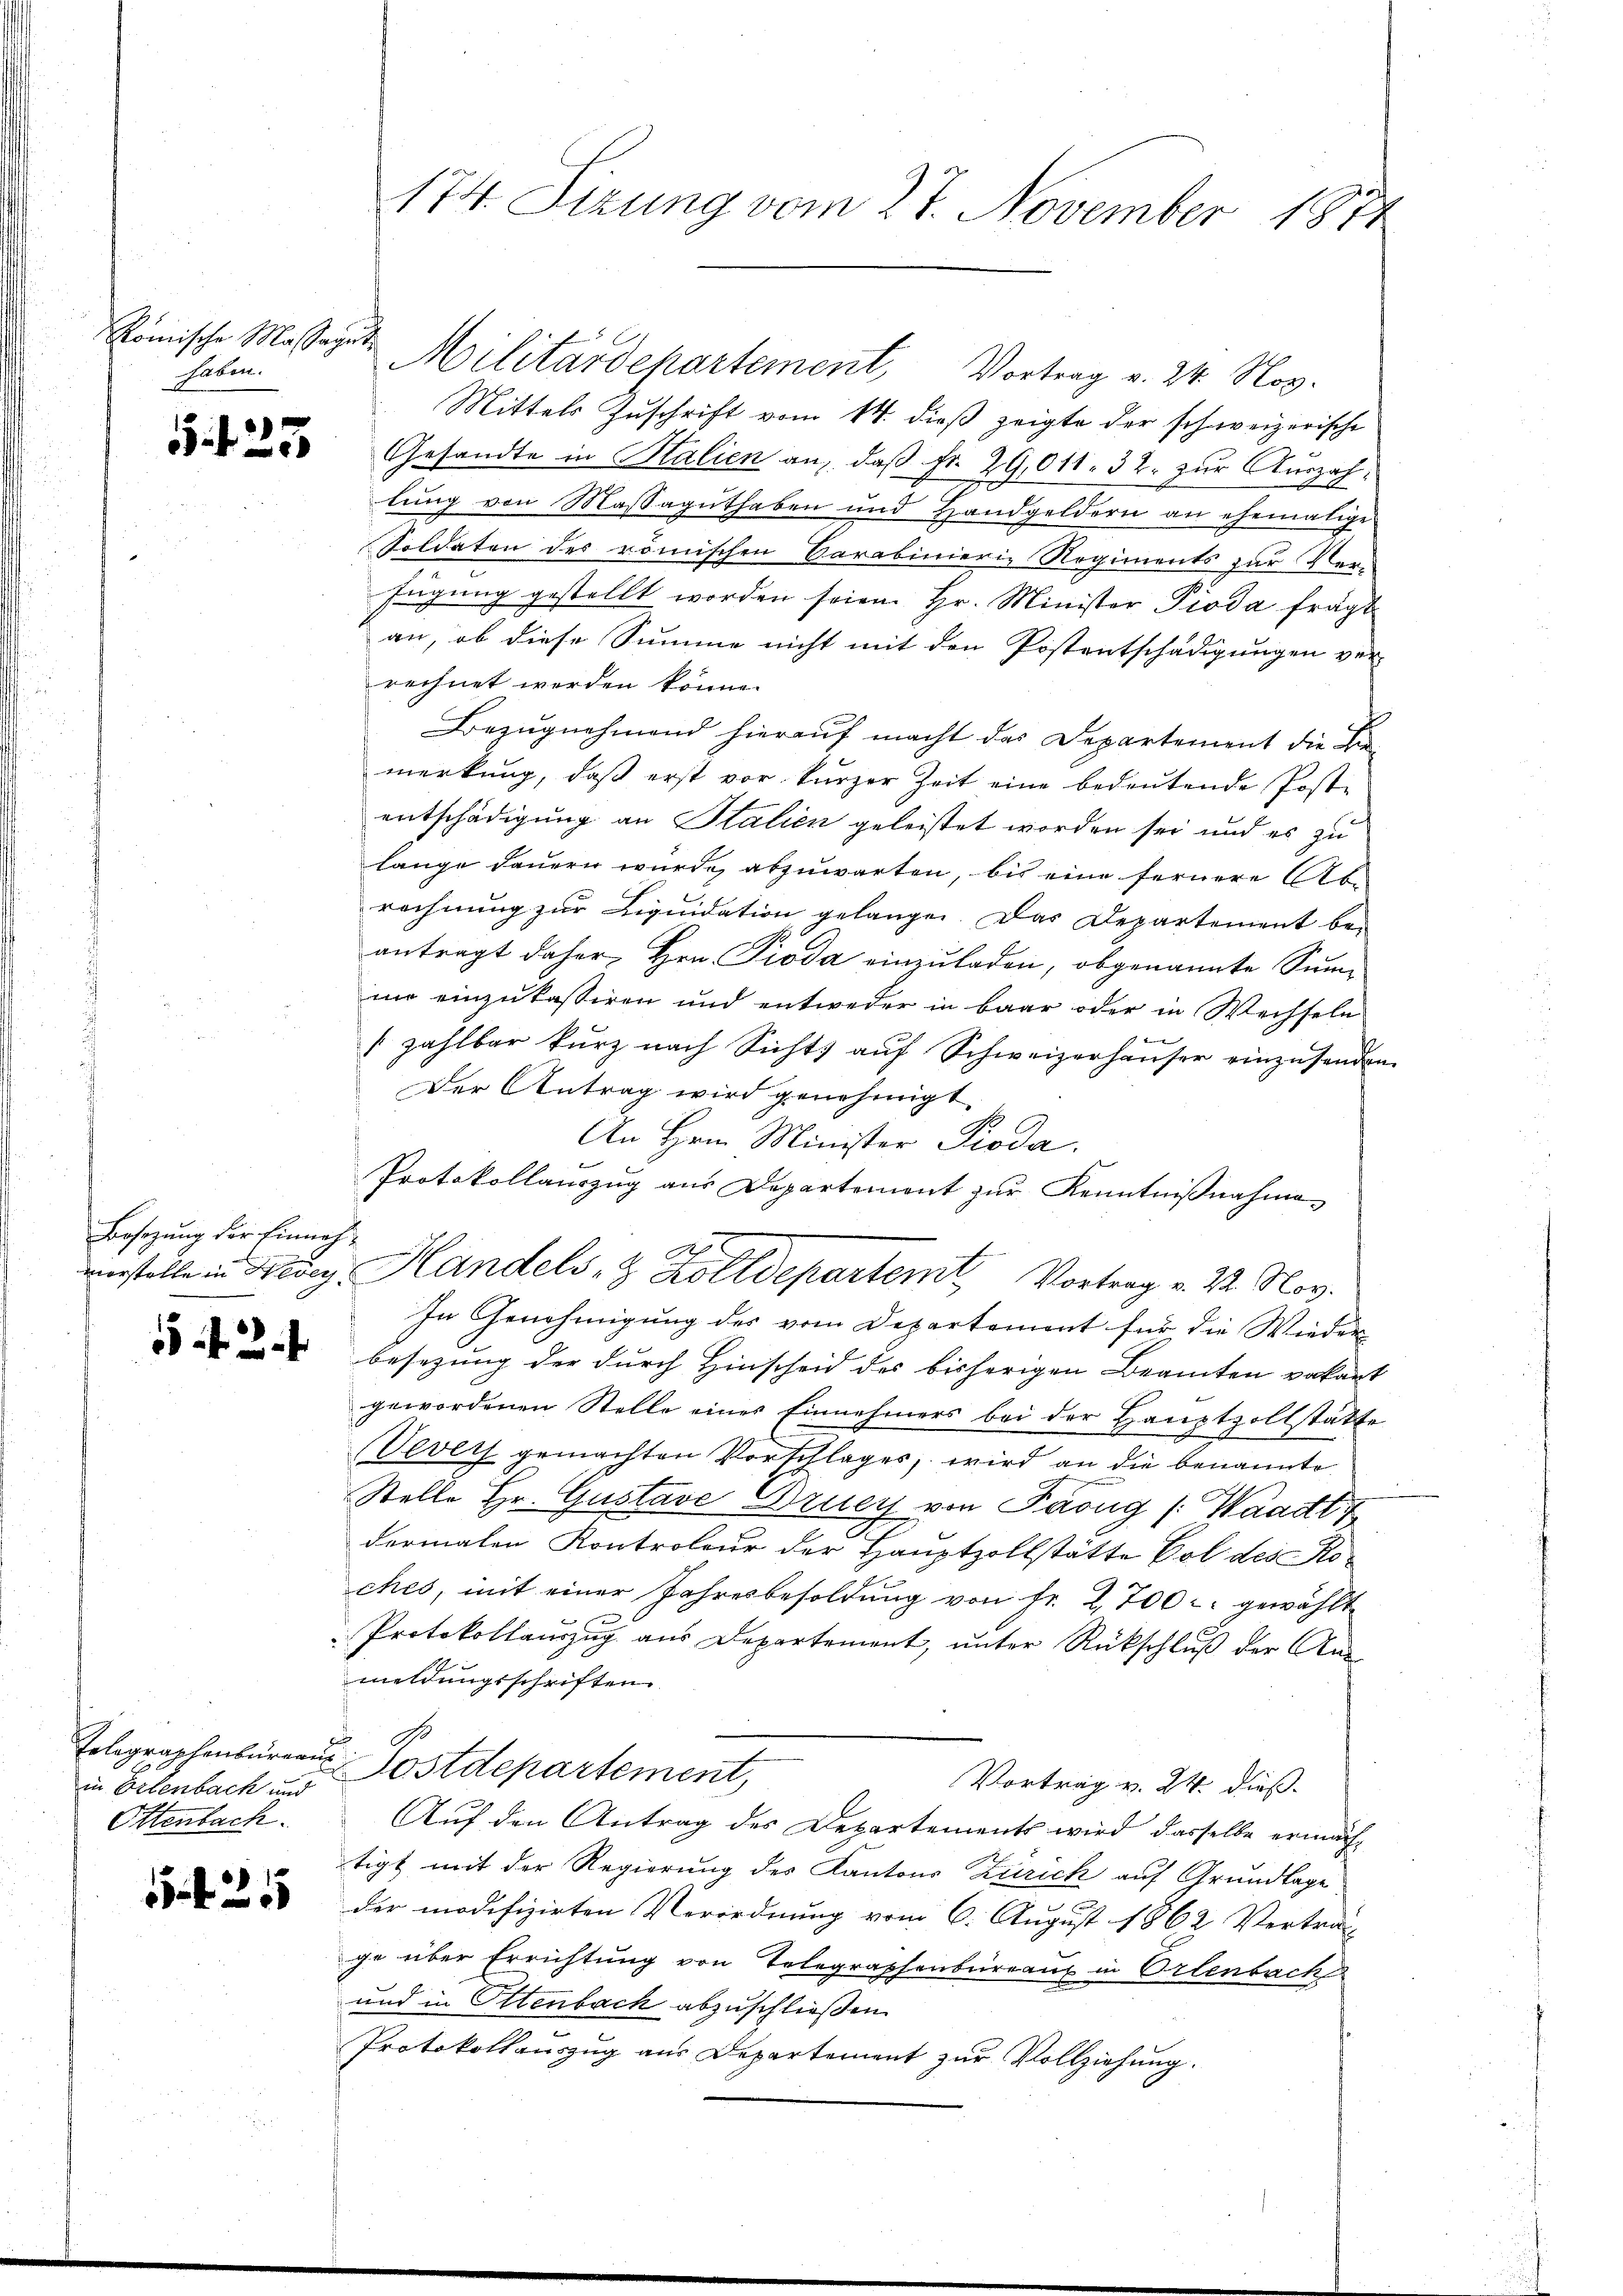
Römische Massaget
haben.

Besetzung der Einnah¬

f 2 x

in Erlenbach und
Ottenbach.

5 f 25

174. Sizung vom 27. November 1874

Militärdepartement Vortrag v. 24. Nov.
Mittels Zuschrift vom 14. dieß zeigte der schweizerische
 3 Gesandte in Salien an, daß Fr. 29,011. 32. zur Auszahlung von Massaguthaben und Handgeldern an ehemalige
Soldaten des römischen Carabinierin Regiments zur Ver-
fügung gestellt worden seien. Hr. Minister Pioda frägt
an, ob diese Summe nicht mit den Postentschädigungen ver-
rechnet werden könne.
Bezugnehmend hierauf macht des Departement die F
merkung, daß erst vor kurzer Zeit eine bedeutende Post-
entschädigung an Stalien geleistet worden sei und es zu
lange dauern wurde, abzuwarten, bis eine fernere Abrechnung zur Liquidation gelangen. Das Departement be-
antragt daher, Hrn. Pioda einzuladen, obgenannte Sumin einzukassiren und entweder in baar oder in Wechseln
zahlbar kurz nach Sichts aŭf Schweizerhäŭser einzusenden.
Der Antrag wird genehmigt.
An Hrn. Minister Pioda.
Protokollauszug aus Departement zŭr Kenntniβnahme
verstelle in Keser Handels- & Zolldepartemt Vortrag v. 22. Nov.
In Genehmigung des vom Departement für die Wieder
besezung der durch Hinscheid des bisherigen Beamten pakart
gewordenen Stelle einer Einnehmers bei der Hauptzollstatte
Vevers gemachten Vorschlages, wird an die benannte
Stelle Hr. Gustave Bruch von Parug /: Waadt f
dermalen Kontroleur der Hauptzollstätte Pol des Ko-
ches, mit einer Jahresbesoldung von Fr. 2,700 gewählt
Protokollauszug aus Departement, unter Rückschluß der Anmeldungsschriften.
Tolographenbüreaus Postdepartement,
Vortrag v. 24. dieß.
Auf den Antrag des Departements wird dasselbe ermächtigt mit der Regierung des Kantons Zürich auf Grundlage
.
der modifizirten Verordnung vom 6. August 1862 Vertrag-
ge über Errichtung von Telegraphenbureau in Ortenbach
und in Ottenbach abzuschließen
Protokollauszug aus Departement zur Vollziehung.